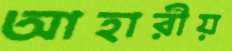
আহারীয়